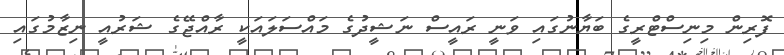
ފޮރިން މިނިސްޓްރީގެ ބަޔާނުގައި ވަނީ ރައީސް ނަޝީދުގެ މައްސަލައަކީ ރާއްޖޭގެ ޝަރުއީ ނިޒާމުގައި